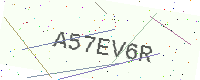
Text: A57EV6R